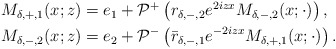
\begin{align*}\begin{aligned}&M_{\delta,+,1}(x ; z)=e_1+\mathcal{P}^+\left(r_{\delta,-,2} e^{2iz x} M_{\delta,-,2}(x; \cdot)\right) , \\&M_{\delta,-,2}(x ; z)=e_2+\mathcal{P}^{-}\left(\bar{r}_{\delta,-,1} e^{-2iz x} M_{\delta,+,1}(x; \cdot)\right) .\end{aligned}\end{align*}